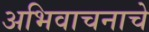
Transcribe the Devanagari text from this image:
अभिवाचनाचे